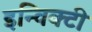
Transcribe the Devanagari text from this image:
इन्विक्टी